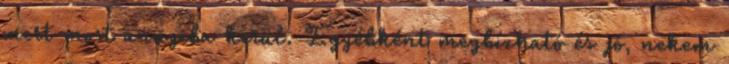
mert most annyiba kerül. Egyébként megbízható és jó, nekem